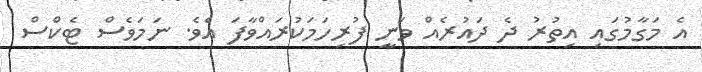
އެ މަގާމުގައި އިތުރު ދެ ދައުރެއް ވަނީ ފުރިހަމަކުރައްވާފަ އެވެ. ނަމަވެސް ޓެކްސް